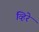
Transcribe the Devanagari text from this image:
व्हिरे